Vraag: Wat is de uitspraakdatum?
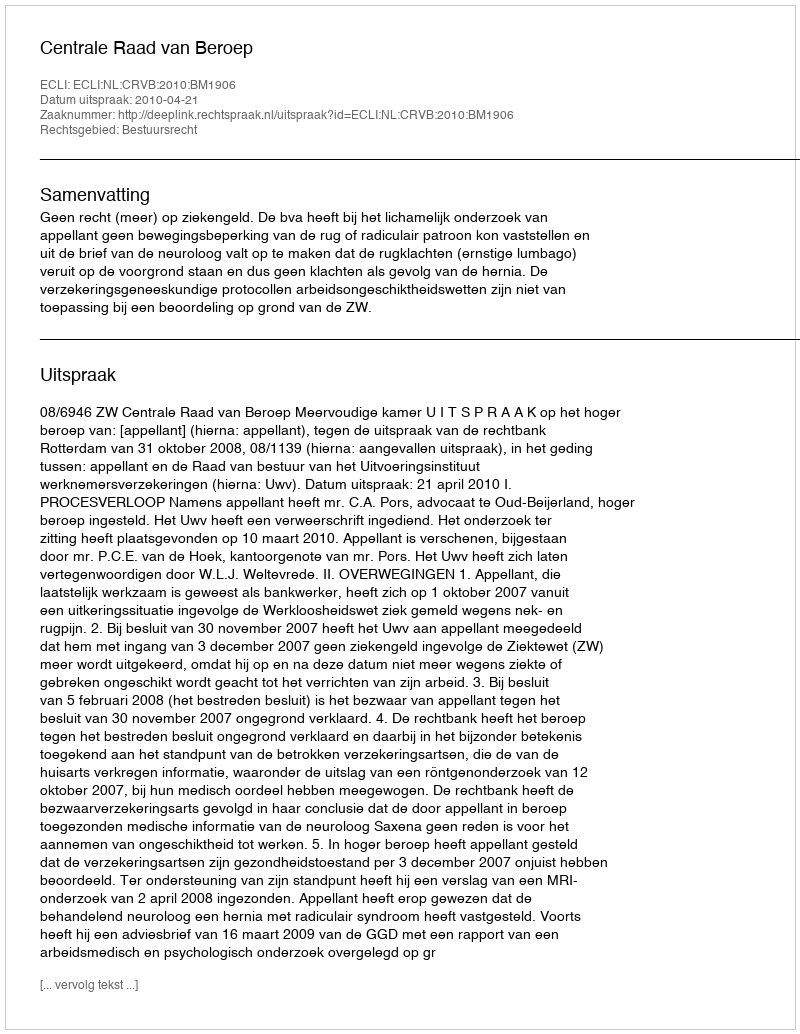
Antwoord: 2010-04-21